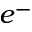
e ^ { - }